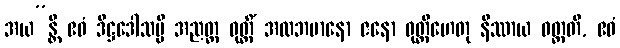
အယ”န္တိ ဧဝံ ဒိဋ္ဌဒေါသမ္ပိ အညတ္ထ ဝုတ္တိံ အလဘမာနော ဇနော ဝုတ္တိဟေတု နိဿာယ ဝတ္တတိ, ဧဝံ